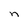
Character: n